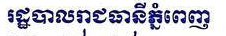
រដ្ឋបាលរាជធានី